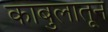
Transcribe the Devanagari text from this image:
काबुलातून